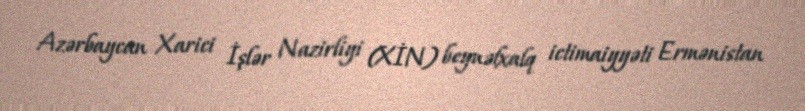
Azərbaycan Xarici İşlər Nazirliyi (XİN) beynəlxalq ictimaiyyəti Ermənistan